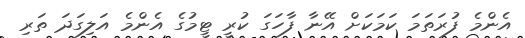
އެންމެ ފުރަތަމަ ކަމަކަށް އޭނާ ފާހަގަ ކުރީ ޓީމުގެ އެންމެ އަލިގަދަ ތަރި